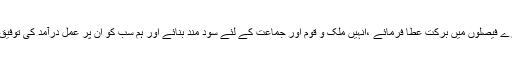
دعاہے کہ اللہ تعالیٰ ہمارے فیصلوں میں برکت عطا فرمائے ،انہیں ملک و قوم اور جماعت کے لئے سود مند بنائے اور ہم سب کو ان پر عمل درآمد کی توفیق مرحمت فرمائے ، آمین۔